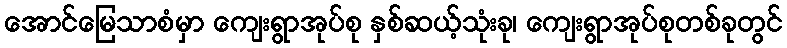
အောင်မြေသာစံမှာ ကျေးရွာအုပ်စု နှစ်ဆယ့်သုံးခု၊ ကျေးရွာအုပ်စုတစ်ခုတွင်